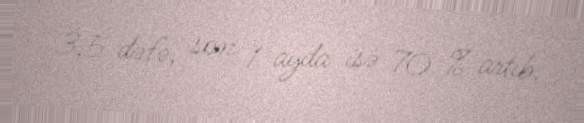
3,5 dəfə, son 1 ayda isə 70 % artıb.